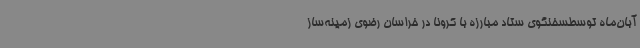
آبان‌ماه توسطسخنگوی ستاد مبارزه با کرونا در خراسان رضوی زمینه‌ساز